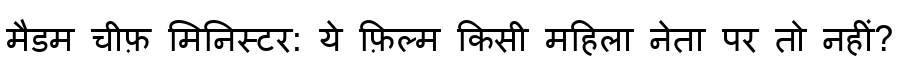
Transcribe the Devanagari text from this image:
मैडम चीफ़ मिनिस्टर: ये फ़िल्म किसी महिला नेता पर तो नहीं?